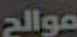
موالح